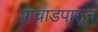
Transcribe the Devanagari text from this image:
पाचाडपासून